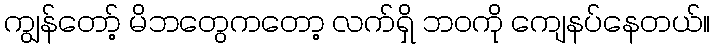
ကျွန်တော့် မိဘတွေကတော့ လက်ရှိ ဘဝကို ကျေနပ်နေတယ်။